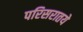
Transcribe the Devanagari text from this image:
परिसरातये